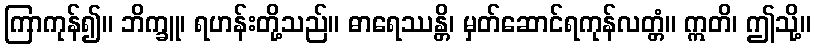
ကြာကုန်၍။ ဘိက္ခူ၊ ရဟန်းတို့သည်။ ဓာရေဿန္တိ၊ မှတ်ဆောင်ရကုန်လတ္တံ။ ဣတိ၊ ဤသို့။